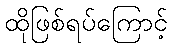
ထိုဖြစ်ရပ်ကြောင့်